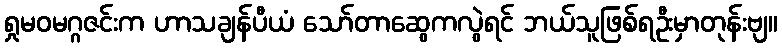
ရှုမဝမဂ္ဂဇင်းက ဟာသချန်ပီယံ သော်တာဆွေကလွဲရင် ဘယ်သူဖြစ်ရဦးမှာတုန်းဗျ။